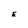
Character: E